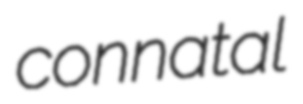
connatal